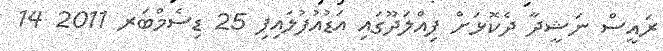
ރައީސް ނަޝީދާ ދެކޮޅަށް ފިއްލަދޫގައި އަޑުއުފުލައިފި 25 ޑިސެމްބަރ 2011 14